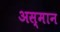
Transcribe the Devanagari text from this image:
अस्मान